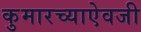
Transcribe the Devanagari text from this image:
कुमारच्याऐवजी